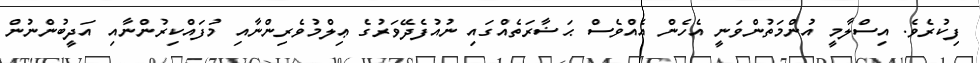
ފިކުރެވެ. އިސްލާމީ އުންމަތުންވަނީ އެހެން އެއްވެސް ޙަޟާރަތެއްގައި ނުއުފެދޭވަރުގެ ޢިލްމުވެރިންނާއި މުފައްކިރުންނާއި އަދީބުންނުން